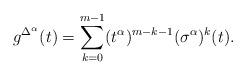
LaTeX: \begin{align*}g^{\Delta^{\alpha}}(t)=\sum_{k=0}^{m-1}(t^{\alpha})^{m-k-1}(\sigma^{\alpha})^{k}(t).\end{align*}